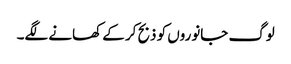
لوگ جانوروں کو ذبح کر کے کھانے لگے۔